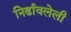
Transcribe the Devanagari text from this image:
निर्ढावलेली